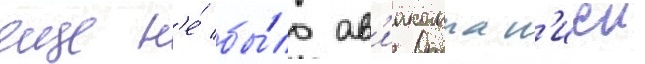
еще н'е́ бы́ло ав'иакомпан'иеи